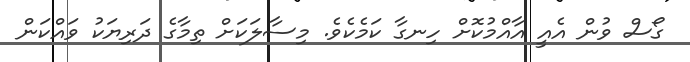
ގޯސް ވުން އެއީ އާއްމުކޮށް ހިނގާ ކަމެކެވެ. މިސާލަކަށް ތިމާގެ ދަރިޔަކު ވައްކަން